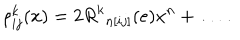
\rho _ { i j } ^ { k } ( x ) = 2 { R ^ { k } } _ { n [ i j ] } ( e ) x ^ { n } + \ldots \, .